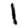
Digit: 1